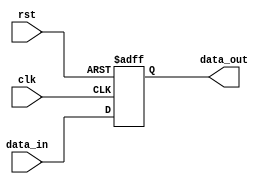
module io_compensated_bidirectional_buffer (
    input wire clk,
    input wire rst,
    input wire data_in,
    output wire data_out
);

reg buffer;

always @(posedge clk or posedge rst) begin
    if (rst) begin
        buffer <= 1'b0;
    end else begin
        buffer <= data_in;
    end
end

assign data_out = buffer;

endmodule